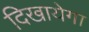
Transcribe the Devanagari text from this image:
दिखायेगा